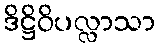
ဒိဋ္ဌိဝိပလ္လာသာ